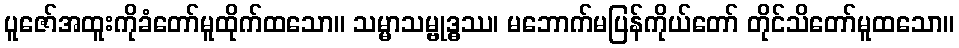
ပူဇော်အထူးကိုခံတော်မူထိုက်ထသော။ သမ္မာသမ္ဗုဒ္ဓဿ၊ မဘောက်မပြန်ကိုယ်တော် တိုင်သိတော်မူထသော။